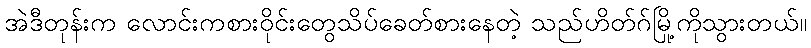
အဲဒီတုန်းက လောင်းကစားဝိုင်းတွေသိပ်ခေတ်စားနေတဲ့ သည်ဟိတ်ဂ်မြို့ကိုသွားတယ်။